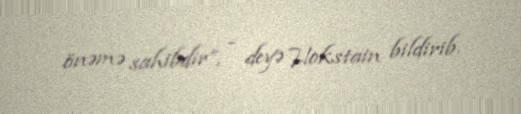
önəmə sahibdir”, - deyə Hokstain bildirib.